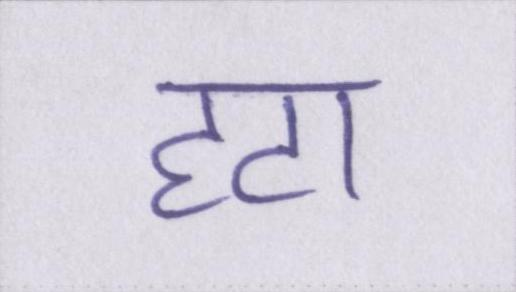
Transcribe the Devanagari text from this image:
हटा